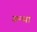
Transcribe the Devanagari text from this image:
ग्रन्था